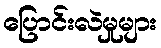
ပြောင်းလဲမှုများ